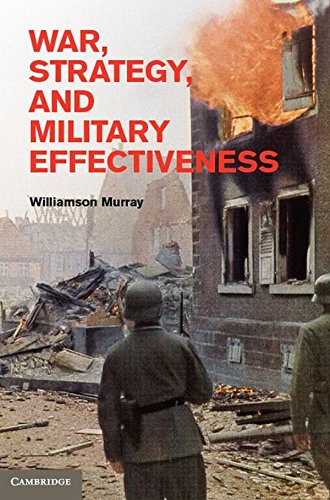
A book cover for War, Strategy, and Military Effectiveness; Williamson Murray; History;